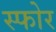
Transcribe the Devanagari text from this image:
स्फोर